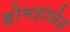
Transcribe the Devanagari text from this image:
होमशाळेत